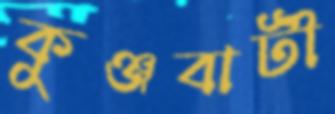
কুঞ্জবাটী